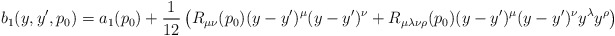
\begin{align*}b_1(y,y',p_0)=a_1(p_0)+{1 \over 12}\left(R_{\mu\nu}(p_0)(y-y')^{\mu}(y-y')^{\nu}+R_{\mu\lambda\nu\rho}(p_0)(y-y')^{\mu}(y-y')^{\nu}y^{\lambda}y^{\rho}\right)\end{align*}